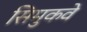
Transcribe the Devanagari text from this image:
सिमुकवे